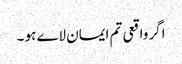
اگر واقعی تم ایمان لاے ہو ۔